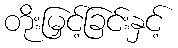
တိုးမြှင့်ခြင်းနှင့်